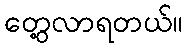
တွေ့လာရတယ်။